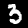
Label: 3